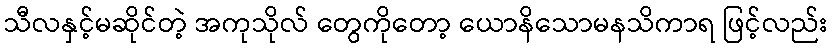
သီလနှင့်မဆိုင်တဲ့ အကုသိုလ် တွေကိုတော့ ယောနိသောမနသိကာရ ဖြင့်လည်း